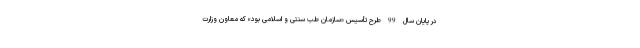
در پایان سال 99 طرح تأسیس «سازمان طب سنتی و اسلامی بود» که معاون وزارت